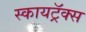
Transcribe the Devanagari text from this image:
स्कायट्रॅक्स